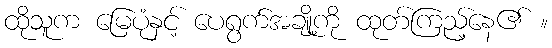
ထိုသူက မြေပုံနှင့် ပေရွက်အချို့ကို ထုတ်ကြည့်နေ၏ ။